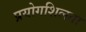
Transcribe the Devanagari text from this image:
प्रयोगशिलता